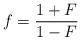
LaTeX: \begin{align*} f = \frac{1+F}{1-F}\end{align*}